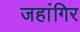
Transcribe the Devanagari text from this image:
जहांगिर